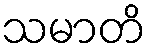
သမာတိ